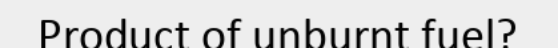
Product of unburnt fuel?